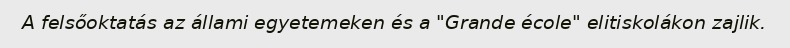
A felsőoktatás az állami egyetemeken és a "Grande école" elitiskolákon zajlik.